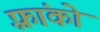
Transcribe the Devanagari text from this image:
फ़्रांको